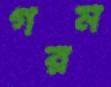
গরম